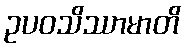
ဥပဝသိဿာမာတိ